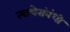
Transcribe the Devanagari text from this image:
त्याचेसंबंधी